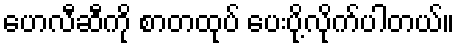
ဟေလီဆီကို စာတထုပ် ပေးပို့လိုက်ပါတယ်။